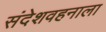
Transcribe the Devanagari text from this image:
संदेशवहनाला